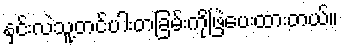
နှင်းလဲသူ့တင်ပါးတခြမ်းကိုဖြဲပေးထားတယ်။